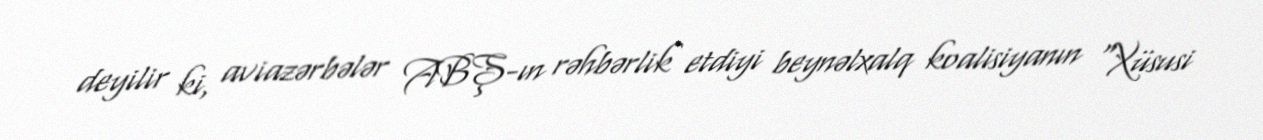
deyilir ki, aviazərbələr ABŞ-ın rəhbərlik etdiyi beynəlxalq koalisiyanın "Xüsusi